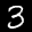
Label: 3